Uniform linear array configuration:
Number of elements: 64
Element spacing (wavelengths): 0.25
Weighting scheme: binomial
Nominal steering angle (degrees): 0
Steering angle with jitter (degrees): -0.2109
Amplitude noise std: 0.05
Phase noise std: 0.05

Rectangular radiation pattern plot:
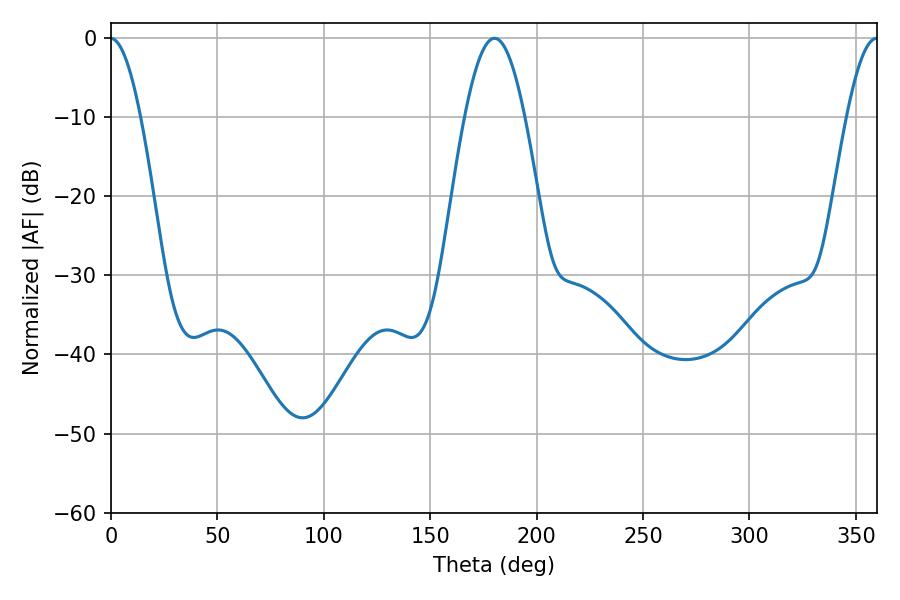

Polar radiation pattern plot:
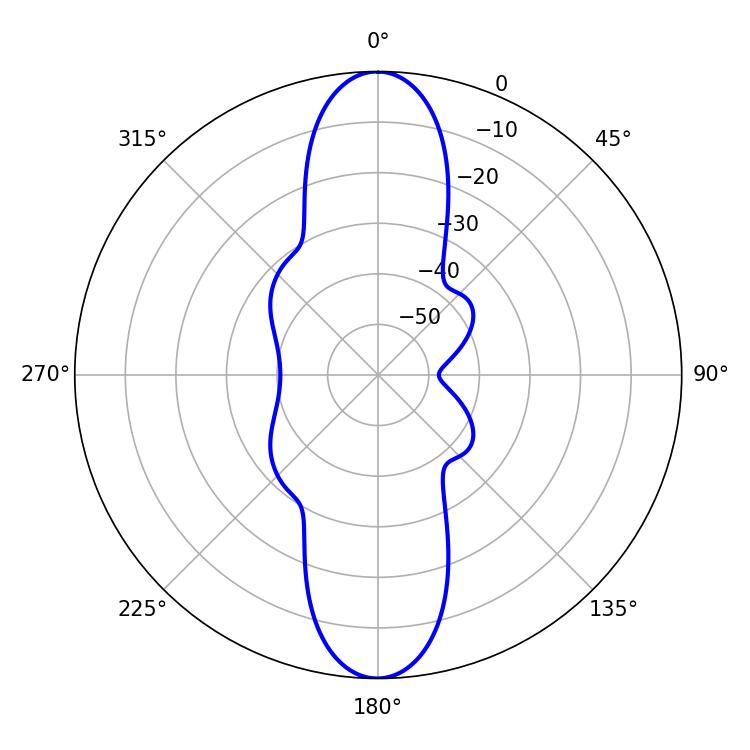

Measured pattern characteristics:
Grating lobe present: FALSE
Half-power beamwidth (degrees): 15.3
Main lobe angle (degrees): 180.18